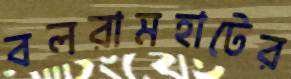
বলরামহাটের